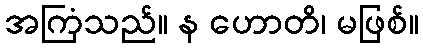
အကြံသည်။ န ဟောတိ၊ မဖြစ်။